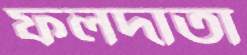
ফলদাতা